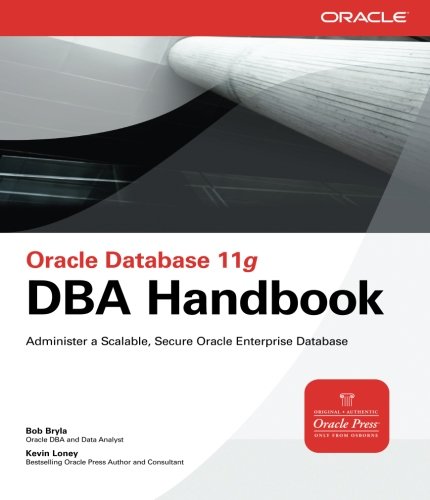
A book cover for Oracle Database 11g DBA Handbook (Oracle Press); Bob Bryla; Computers & Technology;